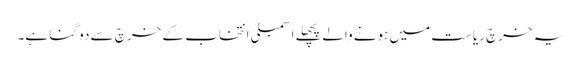
یہ خرچ ریاست میں ہونے والےپچھلے اسمبلی انتخاب کے خرچ سے دو گنا ہے۔